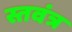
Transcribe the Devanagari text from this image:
स्तवंत्र